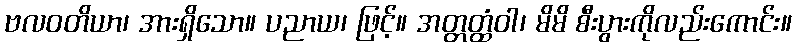
ဗလဝတိယာ၊ အားရှိသော။ ပညာယ၊ ဖြင့်။ အတ္တတ္ထံဝါ၊ မိမိ စီးပွားကိုလည်းကောင်း။